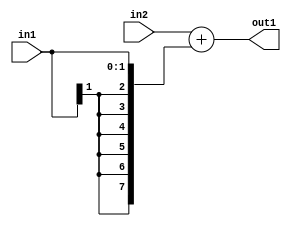
`timescale 1ps / 1ps
/*****************************************************************************
    Verilog RTL Description
    
    
    Created by: CellMath Designer 2019.1.01 
*******************************************************************************/

module avg_pool_Add_8Sx2S_8S_4_1 (
	in2,
	in1,
	out1
	); /* architecture "behavioural" */ 
input [7:0] in2;
input [1:0] in1;
output [7:0] out1;
wire [7:0] asc001;

assign asc001 = 
	+(in2)
	+({{6{in1[1]}}, in1});

assign out1 = asc001;
endmodule

/* CADENCE  ubLwSQw= : u9/ySgnWtBlWxVPRXgAZ4Og= ** DO NOT EDIT THIS LINE ******/